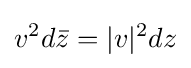
v^{2}d{\bar {z}}=|v|^{2}dz